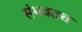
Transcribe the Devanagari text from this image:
संभवतच